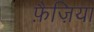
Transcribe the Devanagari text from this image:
फ़ैज़िया